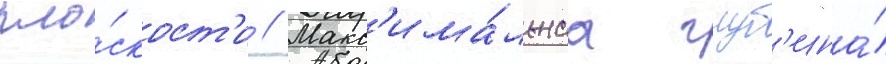
пло́скост'и // Макс'има́льнаа глуб'ина́